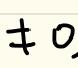
$\neq 0$